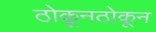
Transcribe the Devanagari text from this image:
ठोकूनठोकून